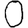
Digit: 0